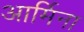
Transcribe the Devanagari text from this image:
आर्मिना